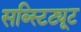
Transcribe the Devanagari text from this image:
सब्स्टिट्यूट